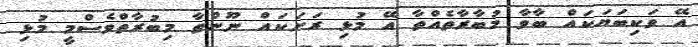
އޭ ވަކިބަޔަކައް ބާވާ މުބާރާތެެެއްތާ އޭ މުޅި ރަށަކައް ނޫންތާ މިބުރާތްވެސްމީ މުޅި